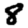
Digit: 8